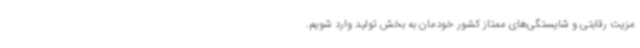
مزیت رقابتی و شایستگی‌های ممتاز کشور خودمان به بخش تولید وارد شویم‌.